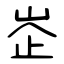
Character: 峜